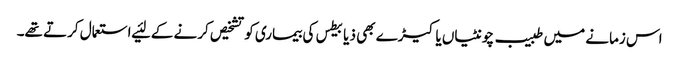
اس زمانے میں طبیب چونٹیاں یا کیڑے بھی ذیابیطس کی بیماری کو تشخیص کرنے کے لئیے استعمال کرتے تھے۔